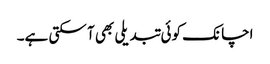
اچانک کوئی تبدیلی بھی آ سکتی ہے۔